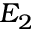
E _ { 2 }